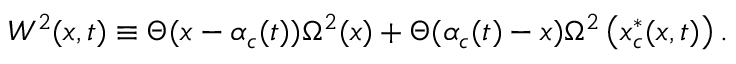
W ^ { 2 } ( x , t ) \equiv \Theta ( x - \alpha _ { c } ( t ) ) \Omega ^ { 2 } ( x ) + \Theta ( \alpha _ { c } ( t ) - x ) \Omega ^ { 2 } \left( x _ { c } ^ { * } ( x , t ) \right) .